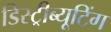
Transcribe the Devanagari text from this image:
डिस्ट्रीब्यूटिंग